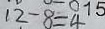
1 2 - 8 = 4